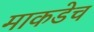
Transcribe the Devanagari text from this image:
माकडेच